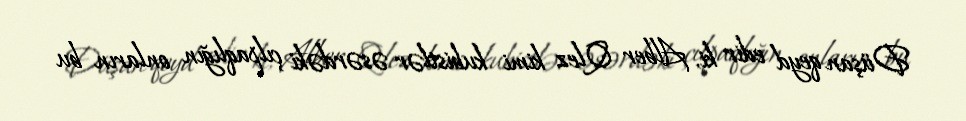
Düşan qeyd edir ki, Alber Qlez kimi kubistlər əsərdəki çılpaqlığın onların bu